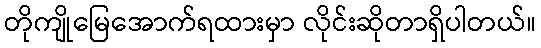
တိုကျိုမြေအောက်ရထားမှာ လိုင်းဆိုတာရှိပါတယ်။